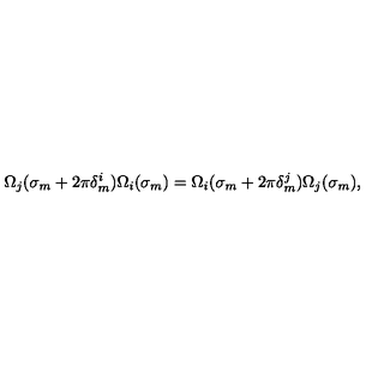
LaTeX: \Omega _ { j } ( \sigma _ { m } + 2 \pi \delta _ { m } ^ { i } ) \Omega _ { i } ( \sigma _ { m } ) = \Omega _ { i } ( \sigma _ { m } + 2 \pi \delta _ { m } ^ { j } ) \Omega _ { j } ( \sigma _ { m } ) ,